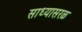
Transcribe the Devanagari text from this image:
साध्यासरळ